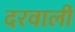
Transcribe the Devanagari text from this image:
दरवाली